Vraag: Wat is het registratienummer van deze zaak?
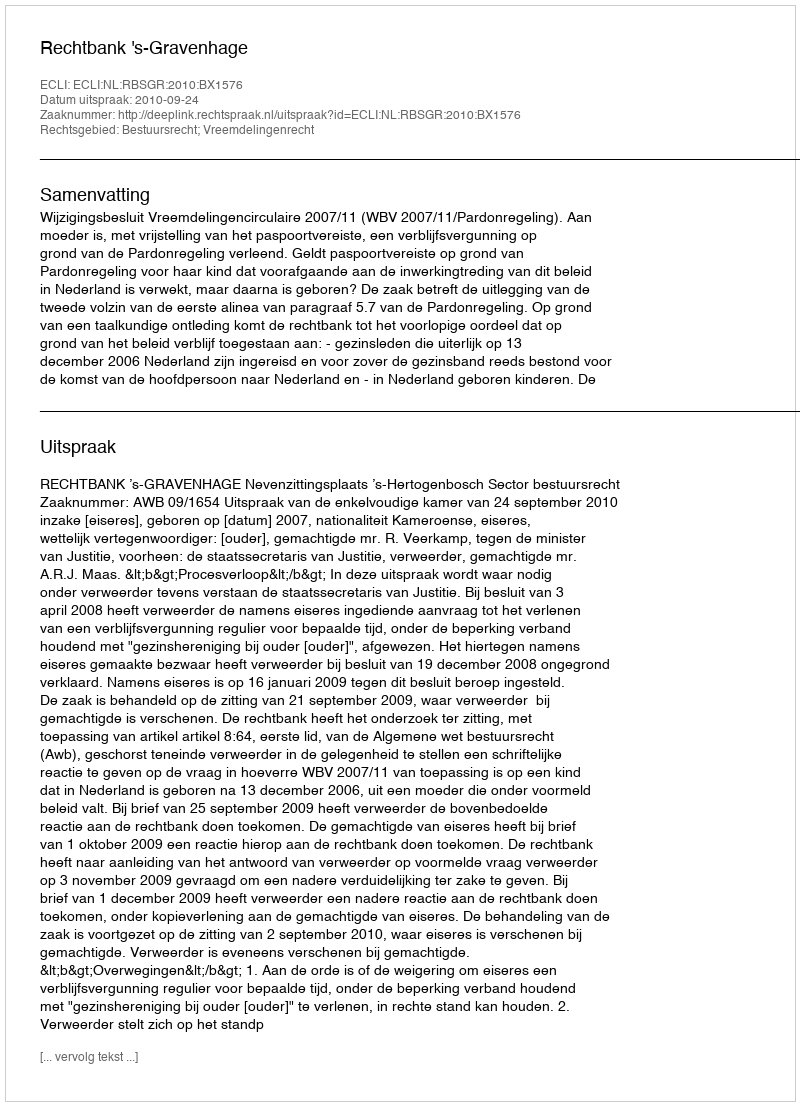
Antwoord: http://deeplink.rechtspraak.nl/uitspraak?id=ECLI:NL:RBSGR:2010:BX1576